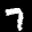
Label: 7